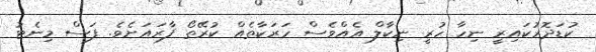
ކުޑަދޮރުކައިރީ ނިހާ ހުރީ ނިކާލް އެއްވެސް ހަރަކާތެއް ކުރޭތޯ ފާރައަށެވެ. ފަސް މިނެޓު